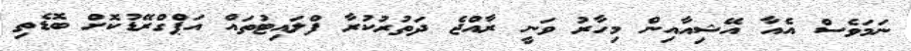
ނަމަވެސް އެއާ އޭޝިއާއިން މިހާރު ވަނީ ރާއްޖެ ދަތުރުކުރާ ފްލައިޓުތައް އަޕްގްރޭޑުކޮށް ބޮޑެތި